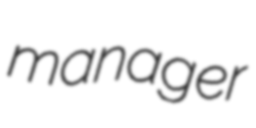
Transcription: manager